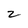
Character: z